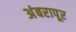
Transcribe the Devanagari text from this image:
अंबरापूर